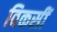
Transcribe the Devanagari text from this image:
विकसीं